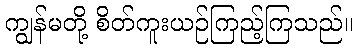
ကျွန်မတို့ စိတ်ကူးယဉ်ကြည့်ကြသည်။